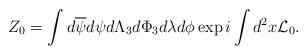
LaTeX: \begin{align*}Z_0 = \int d\overline{\psi}d\psi d{\Lambda}_3 d\Phi_3d\lambda d\phi\exp i\int d^2x {\cal L}_0.\end{align*}